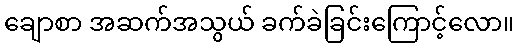
ချောစာ အဆက်အသွယ် ခက်ခဲခြင်းကြောင့်လော။